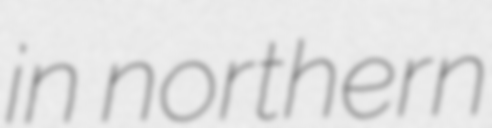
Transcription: in northern